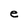
Character: e